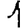
Digit: 1